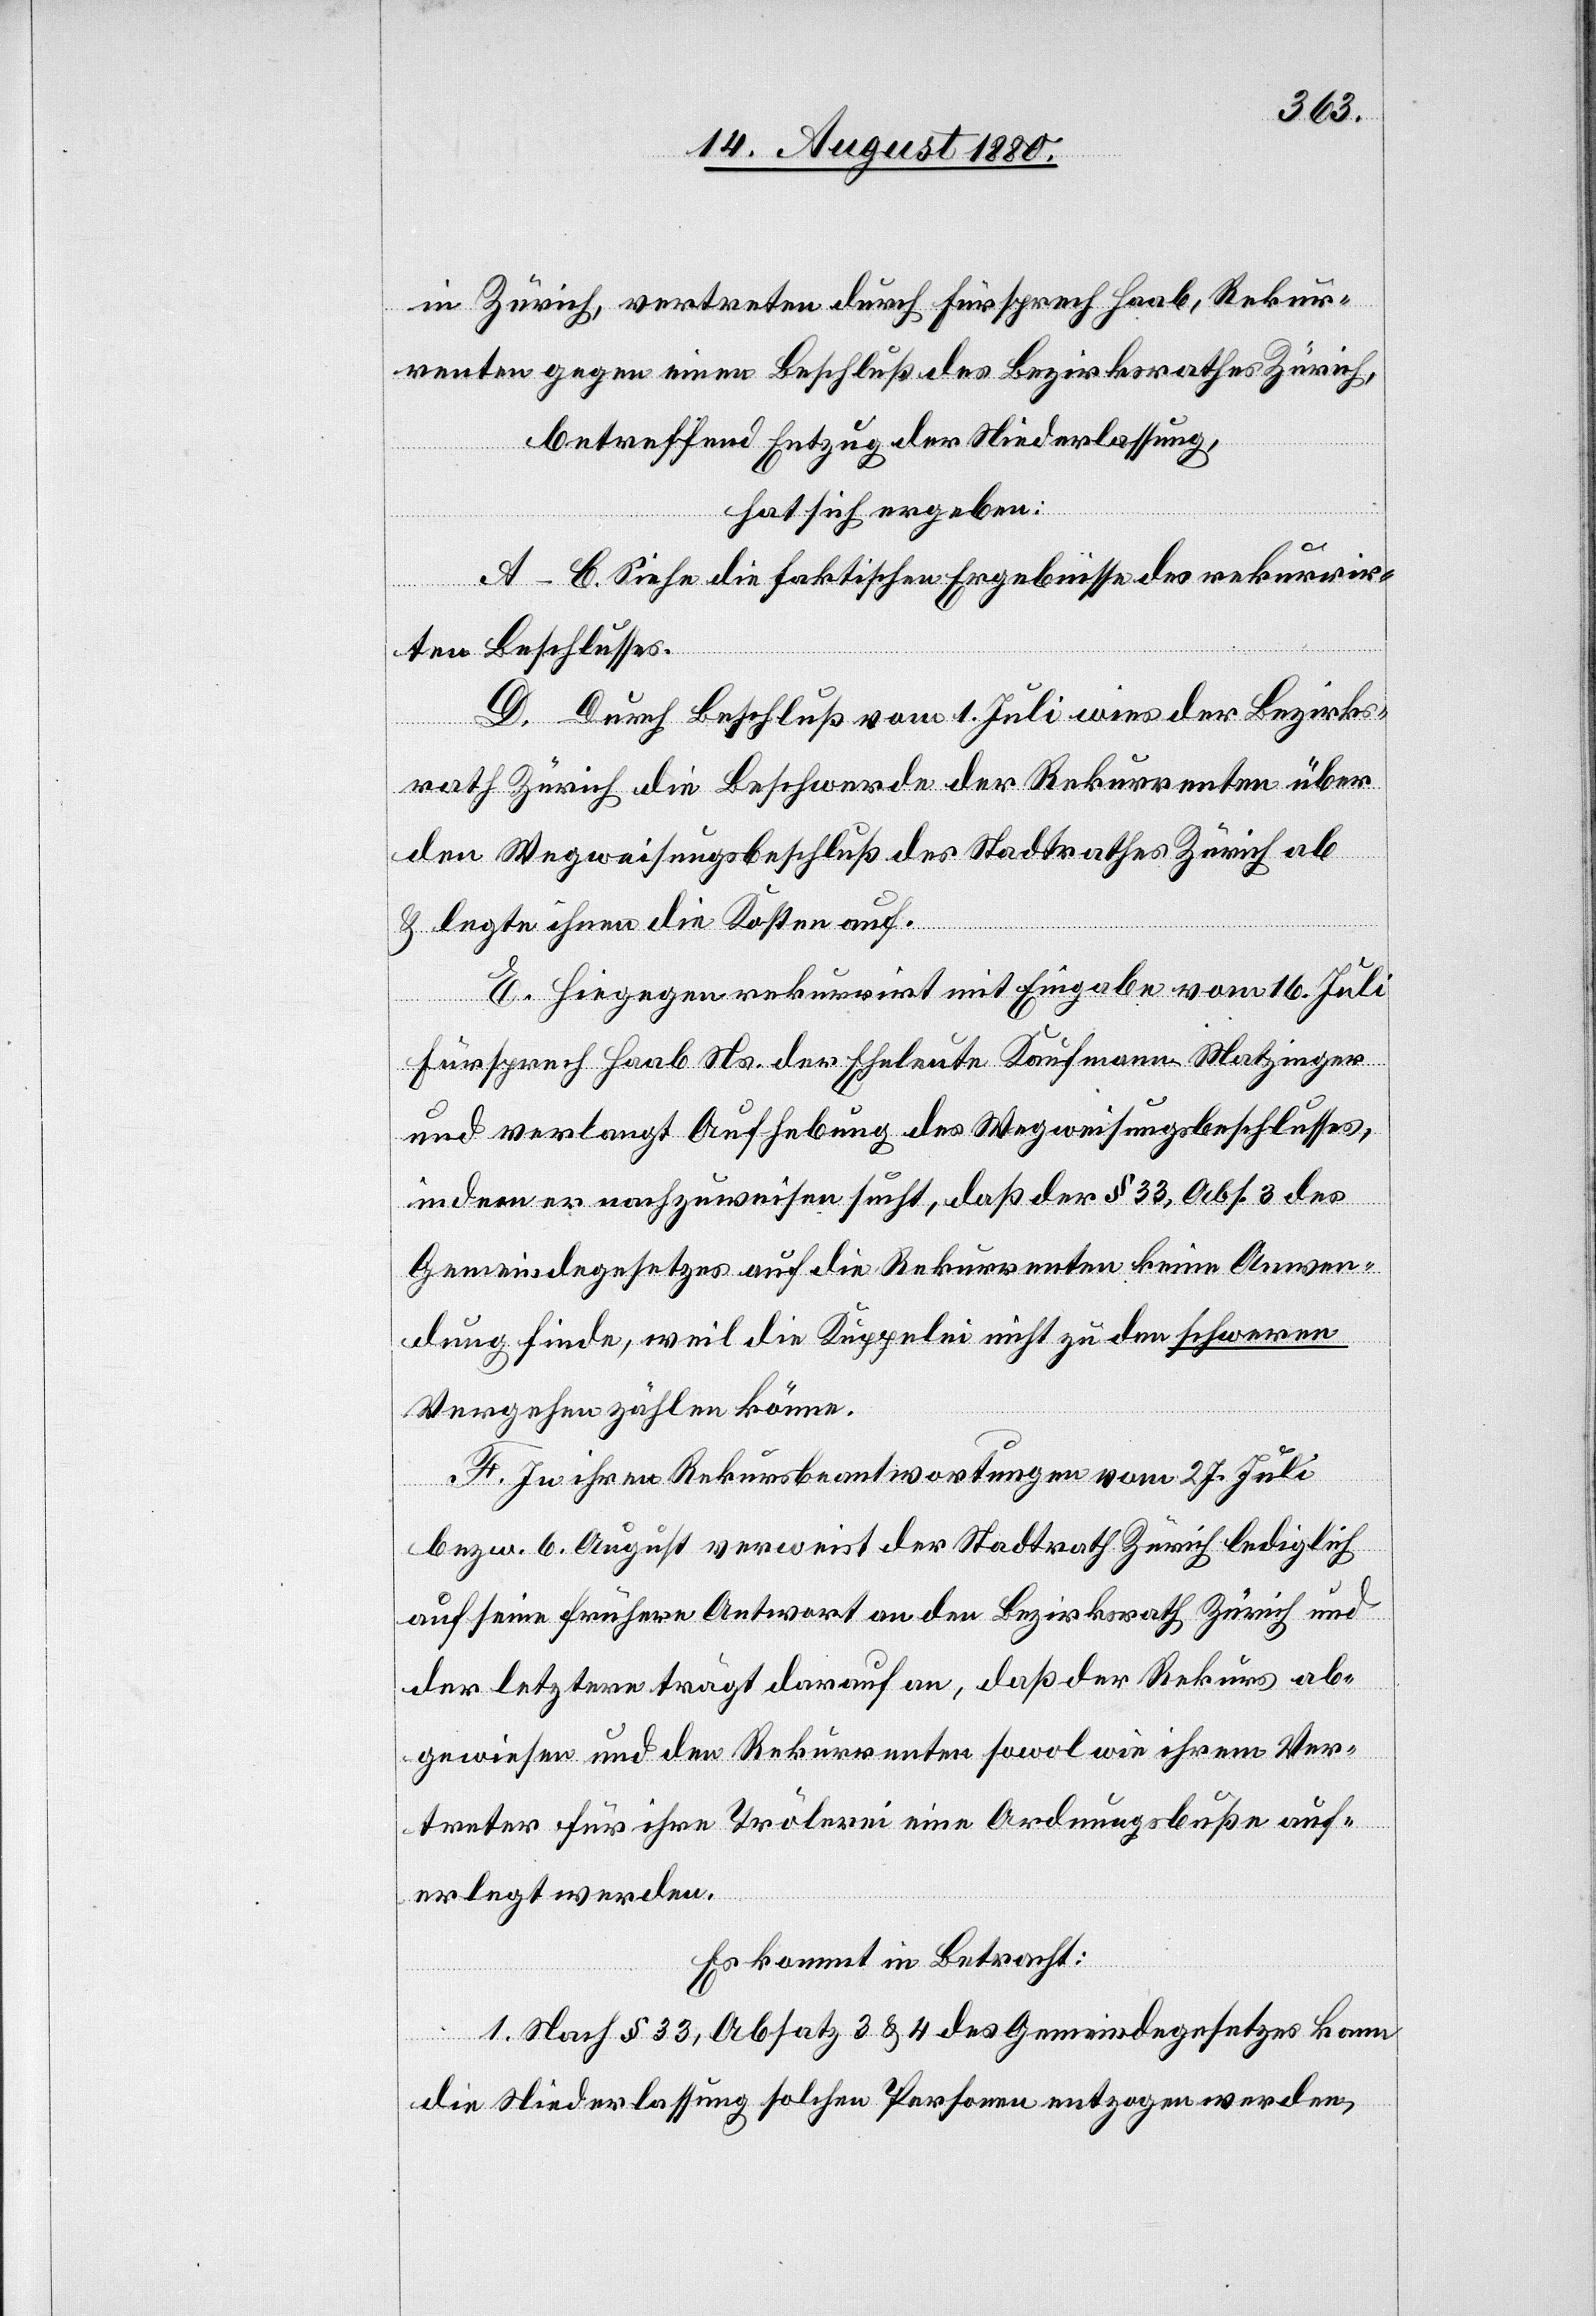
in Zürich, vertreten durch Fürsprech Haab, Rekur¬
renten gegen einen Beschluß des Bezirksrathes Zürich,
betreffend Entzug der Niederlassung,
hat sich ergeben:
A–C. Siehe die faktischen Ergebnisse des rekurrir¬
ten Beschlusses.
D. Durch Beschluß vom 1. Juli wies der Bezirks¬
rath Zürich die Beschwerde der Rekurrenten über
den Wegweisungsbeschluß des Stadtrathes Zürich ab
& legte ihnen die Kosten auf.
E. Hingegen rekurrirt mit Eingabe vom 16. Juli
Fürsprech Haab Ns. der Eheleute Kaufmann-Matzinger
und verlangt Aufhebung des Wegweisungsbeschlusses,
indem er nachzuweisen sucht, daß der § 33, Abs. 3 des
Gemeindegesetzes auf die Rekurrenten keine Anwen¬
dung finde, weil die Kuppelei nicht zu den schweren
Vergehen zählen könne.
F. In ihren Rekursbeantwortungen vom 27. Juli
bezw. 6. August verweist der Stadtrath Zürich lediglich
auf seine frühere Antwort an den Bezirksrath Zürich und
er letztere trägt darauf an, daß der Rekurs ab¬
gewiesen und den Rekurrenten sowol wie ihrem Ver¬
treter für ihre Trölerei eine Ordnungsbuße auf¬
erlegt werden.
Es kommt in Betracht:
1. Nach § 33, Absatz 3 & 4 des Gemeindegesetzes kann
die Niederlassung solchen Personen entzogen werden,